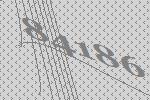
84186